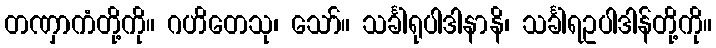
တဏှာကံတို့ကို။ ဂဟိတေသု၊ သော်။ သင်္ခါရုပါဒါနာနိ၊ သင်္ခါရဥပါဒါန်တို့ကို။